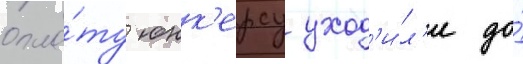
опла́ту юнк'ерсу уход'и́л'и до́